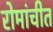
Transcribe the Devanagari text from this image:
रोमांचीत